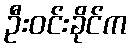
ဦးဝင်းခိုင်က